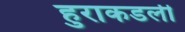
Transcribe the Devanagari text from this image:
हुराकडली